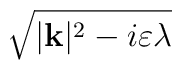
\sqrt{|\mathbf{k}|^{2}-i\varepsilon \lambda }